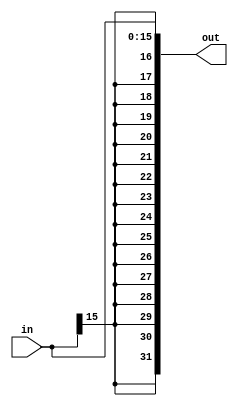
module sign_ext (
    input wire [15:0] in,      // 16-bit input
    output wire [31:0] out     // 32-bit sign-extended output
);

    // Sign-extend the input to fit into the 32-bit output
    assign out = {{16{in[15]}}, in};

endmodule